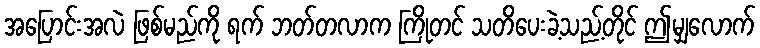
အပြောင်းအလဲ ဖြစ်မည်ကို ရက် ဘတ်တလာက ကြိုတင် သတိပေးခဲ့သည့်တိုင် ဤမျှလောက်